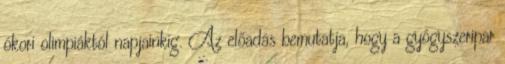
ókori olimpiáktól napjainkig. Az előadás bemutatja, hogy a gyógyszeripar